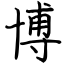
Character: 博